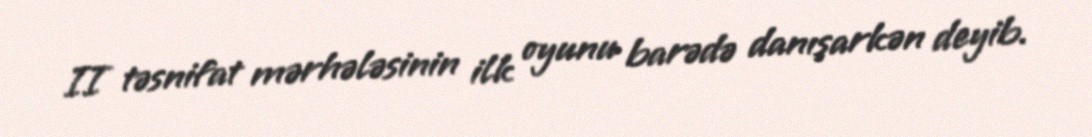
II təsnifat mərhələsinin ilk oyunu barədə danışarkən deyib.